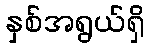
နှစ်အရွယ်ရှိ